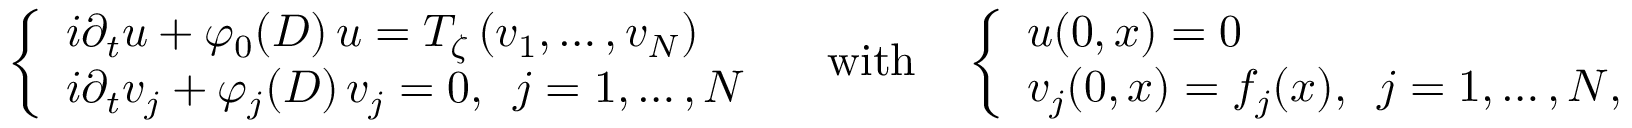
\left\{ \begin{array} { l } { i \partial _ { t } u + \varphi _ { 0 } ( D ) \, u = T _ { \zeta } \left( v _ { 1 } , \dots , v _ { N } \right) } \\ { i \partial _ { t } v _ { j } + \varphi _ { j } ( D ) \, v _ { j } = 0 , \, \, \, j = 1 , \dots , N } \end{array} \right. \quad \mathrm { w i t h } \quad \left\{ \begin{array} { l } { u ( 0 , x ) = 0 } \\ { v _ { j } ( 0 , x ) = f _ { j } ( x ) , \, \, \, j = 1 , \dots , N , } \end{array} \right.